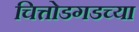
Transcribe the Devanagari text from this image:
चित्तोडगडच्या